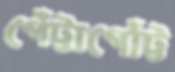
গেঁট্টাগোঁট্ট